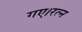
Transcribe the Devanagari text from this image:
गए।रत्न